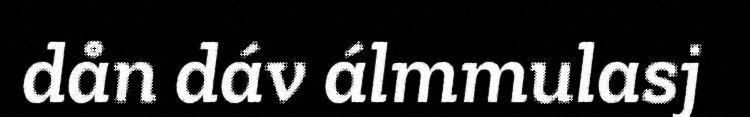
dån dáv álmmulasj